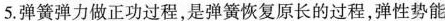
5.弹簧弹力做正功过程，是弹簀恢复原长的过程,弹性势能